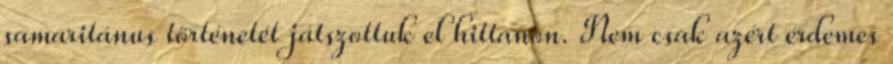
samaritánus történetét játszottuk el hittanon. Nem csak azért érdemes